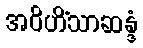
အဝိဟိံသာဆန္ဒံ